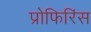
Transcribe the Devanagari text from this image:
प्रोफिरिंस